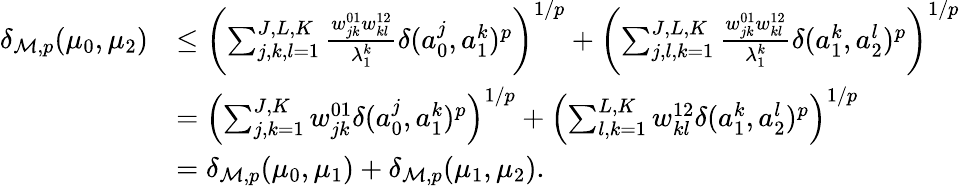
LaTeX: \begin{array}{rl}{\delta_{\mathcal M,p}(\mu_{0},\mu_{2})}&{\le\left(\sum_{j,k,l=1}^{J,L,K}\frac{w_{jk}^{01}w_{kl}^{12}}{\lambda_{1}^{k}}\delta(a_{0}^{j},a_{1}^{k})^{p}\right)^{1/p}+\left(\sum_{j,l,k=1}^{J,L,K}\frac{w_{jk}^{01}w_{kl}^{12}}{\lambda_{1}^{k}}\delta(a_{1}^{k},a_{2}^{l})^{p}\right)^{1/p}}\\ &{=\left(\sum_{j,k=1}^{J,K}w_{jk}^{01}\delta(a_{0}^{j},a_{1}^{k})^{p}\right)^{1/p}+\left(\sum_{l,k=1}^{L,K}w_{kl}^{12}\delta(a_{1}^{k},a_{2}^{l})^{p}\right)^{1/p}}\\ &{=\delta_{\mathcal M,p}(\mu_{0},\mu_{1})+\delta_{\mathcal M,p}(\mu_{1},\mu_{2}).}\end{array}